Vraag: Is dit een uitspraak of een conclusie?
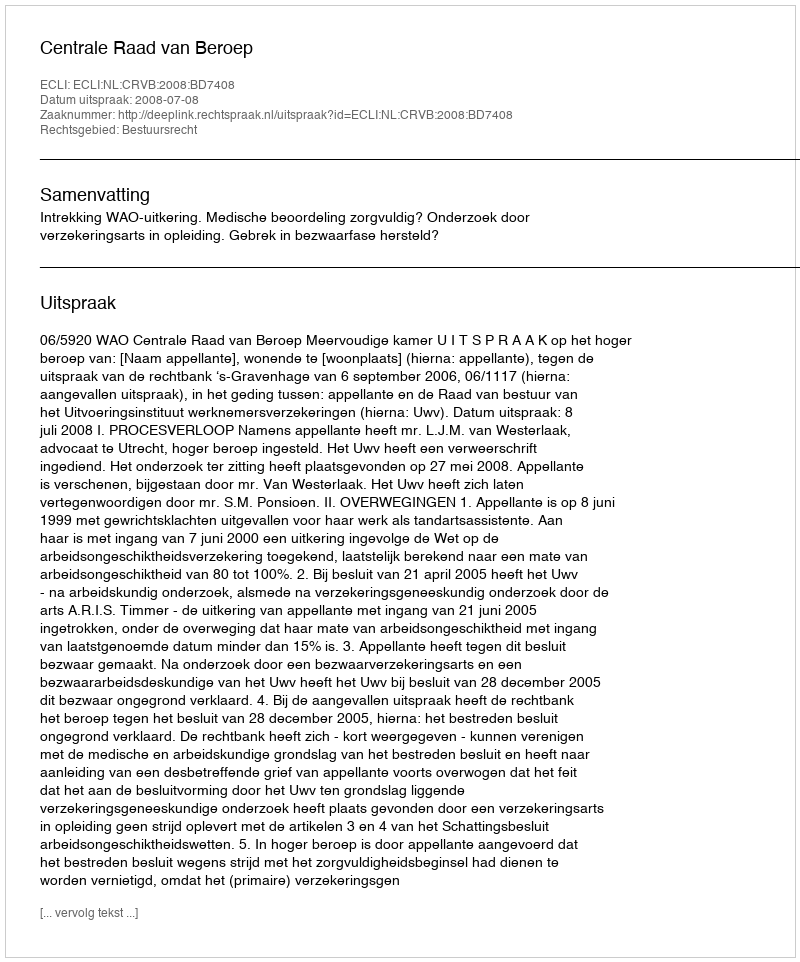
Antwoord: Uitspraak